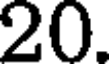
20.